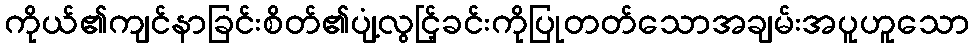
ကိုယ်၏ကျင်နာခြင်းစိတ်၏ပျံ့လွင်ြ့ခင်းကိုပြုတတ်သောအချမ်းအပူဟူသော